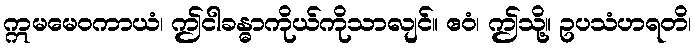
ဣမမေဝကာယံ၊ ဤငါခန္ဓာကိုယ်ကိုသာလျင်။ ဧဝံ၊ ဤသို့။ ဥပသံဟရတိ၊